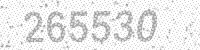
Solution: 265530